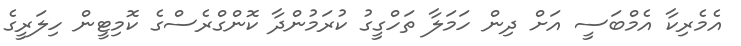
އެެމެރިކާ އެމްބަސީ އަށް ދިން ހަމަލާ ތަހްގީގު ކުރަމުންދާ ކޮންގްރެސްގެ ކޮމިޓީން ހިލަރީގެ